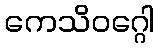
ကေသိဝဂ္ဂေါ